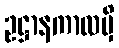
ဥဋ္ဌာနကာလမှိ